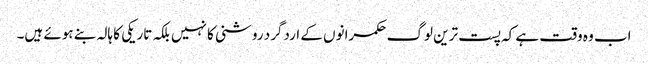
اب وہ وقت ہے کہ پست ترین لوگ حکمرانوں کے اردگرد روشنی کا نہیں بلکہ تاریکی کا ہالہ بنے ہوئے ہیں۔